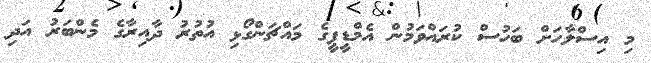
މި އިސްލާހަށް ބަހުސް ކުރައްވަމުން އެމްޑީޕީގެ މައްޗަންގޯޅި އުތުރު ދާއިރާގެ މެންބަރު އަދި